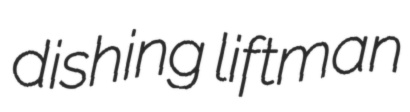
dishing liftman